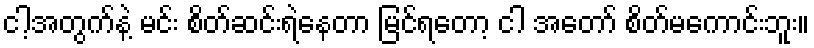
ငါ့အတွက်နဲ့ မင်း စိတ်ဆင်းရဲနေတာ မြင်ရတော့ ငါ အတော် စိတ်မကောင်းဘူး။